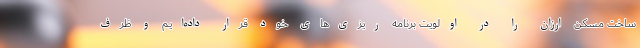
ساخت مسکن ارزان را در اولویت برنامه ریزی‌های خود قرار داده‌ایم و ظرف